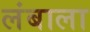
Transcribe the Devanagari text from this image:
लंबाला